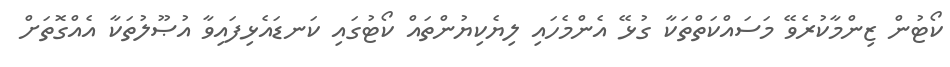
ކޯޓުން ޒިންމާކުރެވޭ މަސައްކަތްތަކާ ގުޅޭ އެންމެހައި ލިޔެކިޔުންތައް ކޯޓުގައި ކަނޑައެޅިފައިވާ އުޞޫލުތަކާ އެއްގޮތަށް